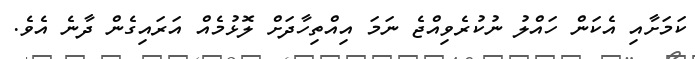
ކަމަށާއި އެކަން ހައްލު ނުކުރެވިއްޖެ ނަމަ އިއްތިހާދަށް ލޮޅުމެއް އަރައިގެން ދާނެ އެވެ.